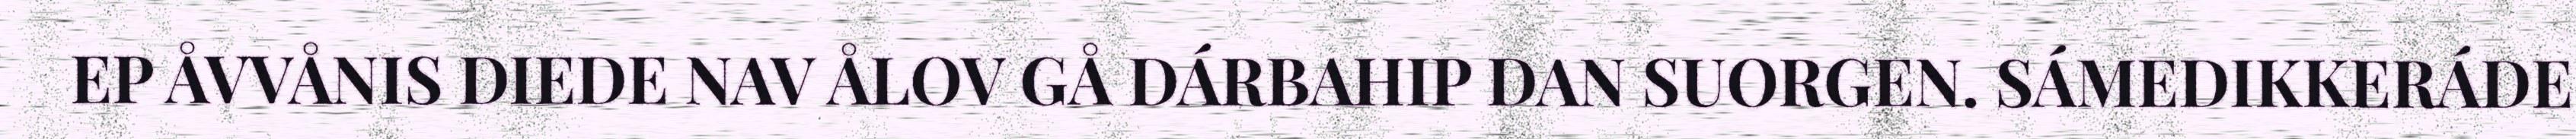
EP ÅVVÅNIS DIEDE NAV ÅLOV GÅ DÁRBAHIP DAN SUORGEN. SÁMEDIKKERÁDE